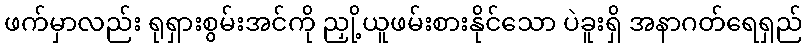
ဖက်မှာလည်း ရုရှားစွမ်းအင်ကို ညှို့ယူဖမ်းစားနိုင်သော ပဲခူးရှိ အနာဂတ်ရေရှည်